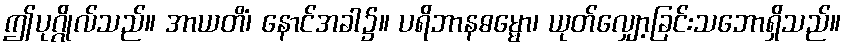
ဤပုဂ္ဂိုလ်သည်။ အာယတိံ၊ နောင်အခါ၌။ ပရိဘာနဓမ္မော၊ ယုတ်လျှော့ခြင်းသဘောရှိသည်။